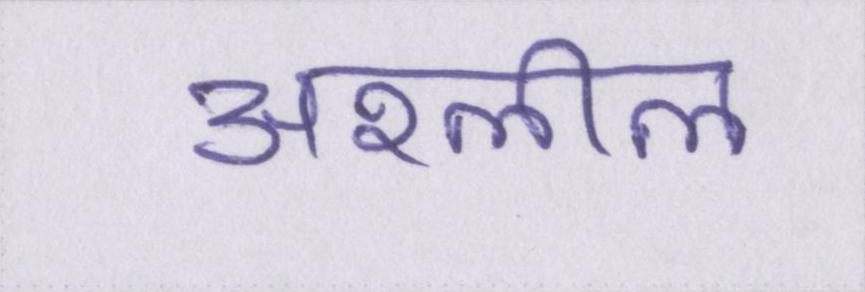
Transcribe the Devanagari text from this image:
अश्लील